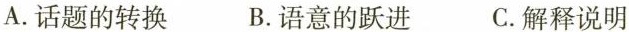
A. 话题的转换 B. 语意的跃进 C. 解释说明